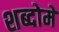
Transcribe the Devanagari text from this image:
शब्दोमें